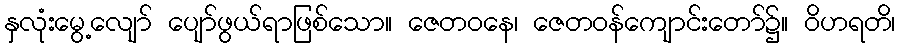
နှလုံးမွေ့လျော် ပျော်ဖွယ်ရာဖြစ်သော။ ဇေတဝနေ၊ ဇေတဝန်ကျောင်းတော်၌။ ဝိဟရတိ၊